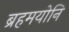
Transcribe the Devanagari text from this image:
ब्रहमयोनि